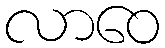
လာဝေ